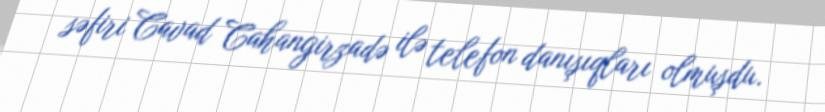
səfiri Cavad Cahangirzadə ilə telefon danışıqları olmuşdu.